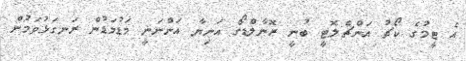
އެ ޓީމުގެ ކޯޗު އަންޗެލޮޓީ ބުނީ ރޮނާލްޑޯގެ އަނިޔާ އަންނަނީ މަޑުމަޑުން ރަނގަޅުވަމުން